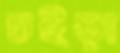
চইড়া